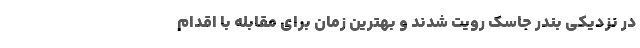
در نزدیکی بندر جاسک رویت شدند و بهترین زمان برای مقابله با اقدام